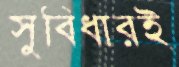
সুবিধারই